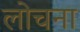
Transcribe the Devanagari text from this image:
लोचना